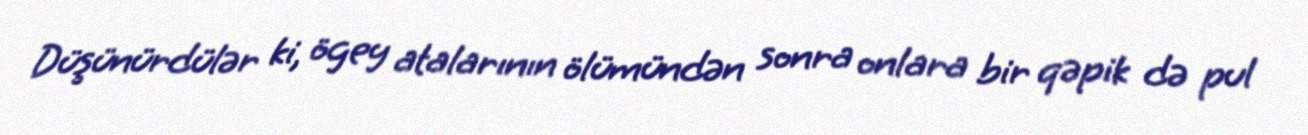
Düşünürdülər ki, ögey atalarının ölümündən sonra onlara bir qəpik də pul